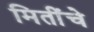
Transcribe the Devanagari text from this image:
मितींचे